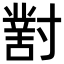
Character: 𡭊